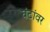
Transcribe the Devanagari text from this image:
घंटांवर